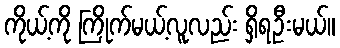
ကိုယ့်ကို ကြိုက်မယ့်လူလည်း ရှိရဦးမယ်။